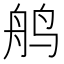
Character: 鸼